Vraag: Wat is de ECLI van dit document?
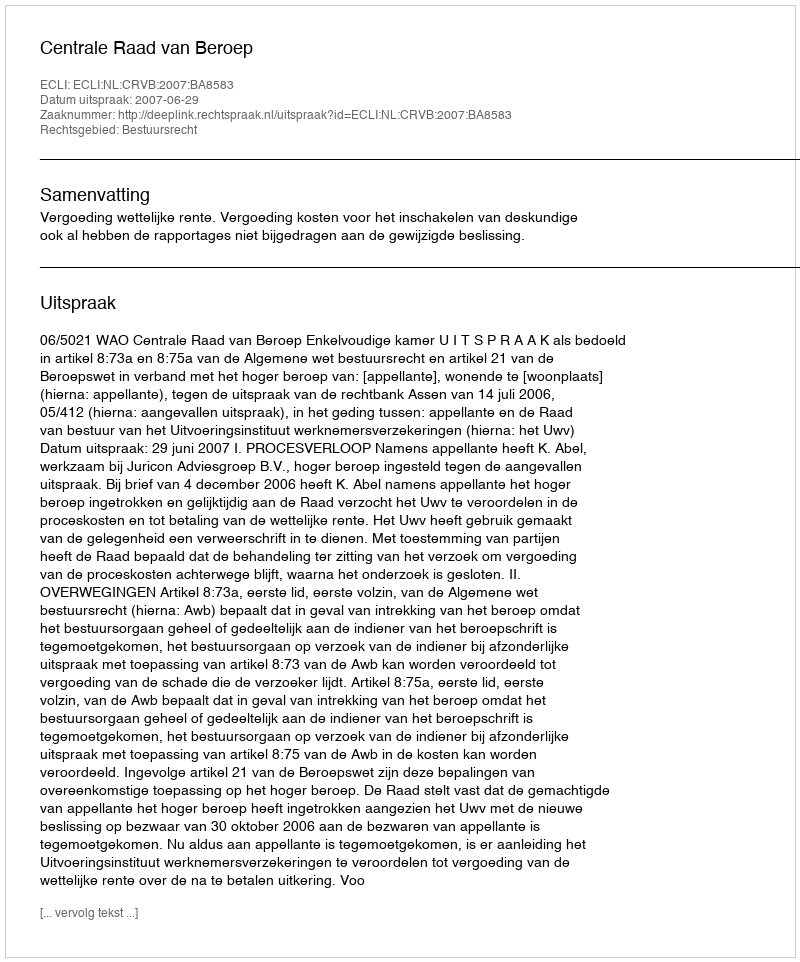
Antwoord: ECLI:NL:CRVB:2007:BA8583